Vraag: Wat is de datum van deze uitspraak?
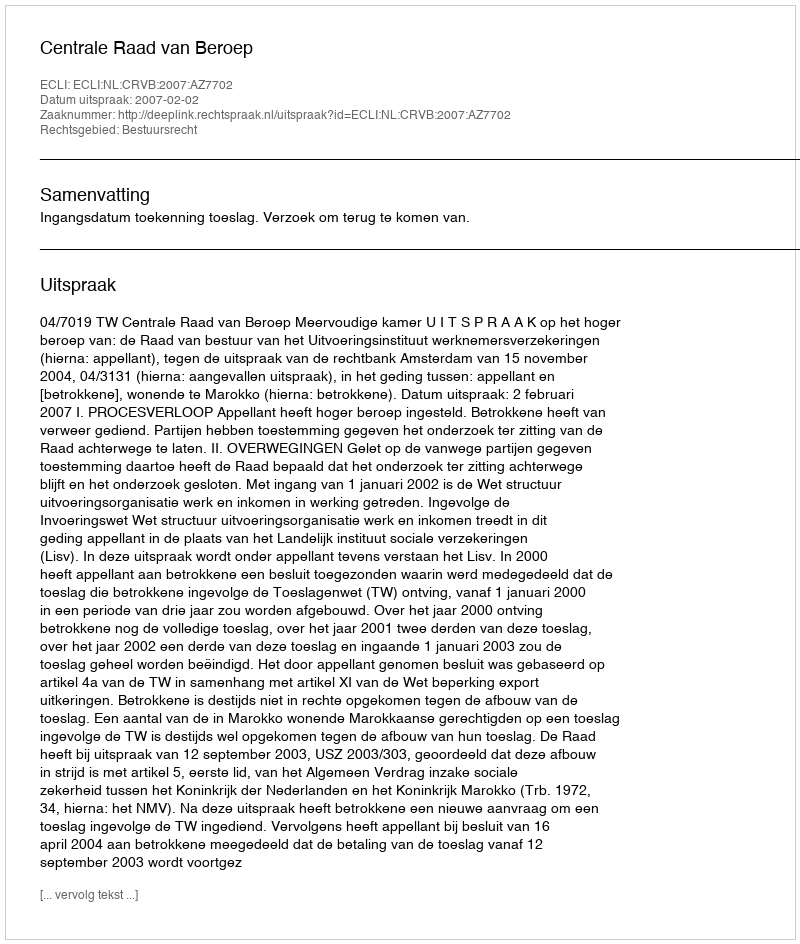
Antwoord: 2007-02-02